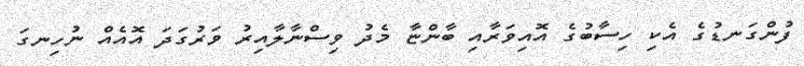
ފުންގަނޑުގެ އެކި ހިސާބުގެ އޮއިވަރާއި ބާންޏާ މެދު ވިސްނާލާއިރު ވަރުގަދަ އޮއެއް ނުހިނގަ